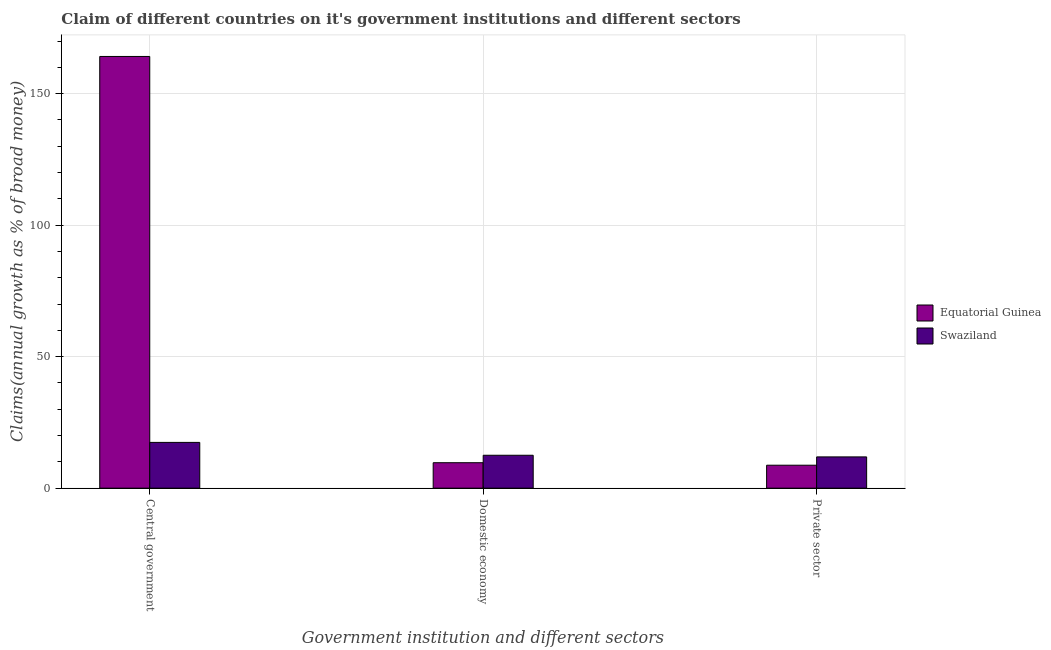
| Government institution and different sectors | Equatorial Guinea | Swaziland |
 | --- | --- | --- |
 | Central government | 164 | 17.4 |
 | Domestic economy | 9.67 | 12.5 |
 | Private sector | 8.73 | 11.9 |